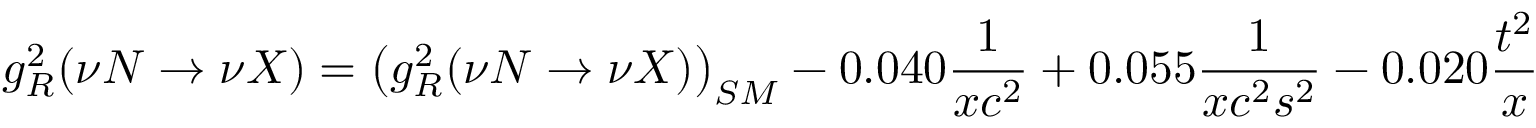
g _ { R } ^ { 2 } ( \nu N \rightarrow \nu X ) = \left( g _ { R } ^ { 2 } ( \nu N \rightarrow \nu X ) \right) _ { S M } - 0 . 0 4 0 { \frac { 1 } { x c ^ { 2 } } } + 0 . 0 5 5 { \frac { 1 } { x c ^ { 2 } s ^ { 2 } } } - 0 . 0 2 0 { \frac { t ^ { 2 } } { x } }